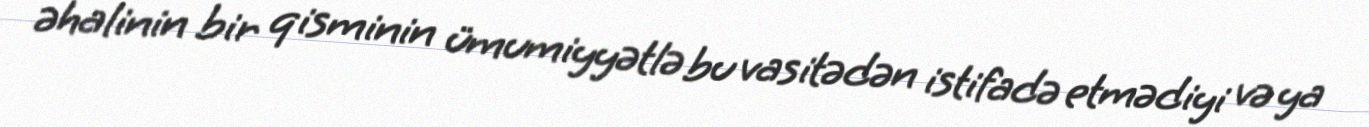
əhalinin bir qisminin ümumiyyətlə bu vasitədən istifadə etmədiyi və ya